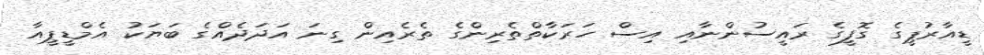
ޑީއާރުޕީގެ ގޮފީގެ ރައީސުންނާއި އިސް ހަރަކާތްތެރިންގެ ތެރެއިން ގިނަ އަދަދެއްގެ ބަޔަކު އެމްޑީޕީއާ